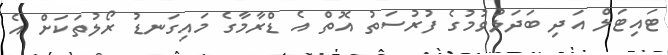
ޓައިޓަލް އަދި ބަދަލުވުމުގެ ފުރުސަތު އޮތް އެ ޑްރާމާގެ މައިގަނޑު ރޯލުތަކަށް އެ